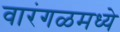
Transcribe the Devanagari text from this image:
वारंगळमध्ये